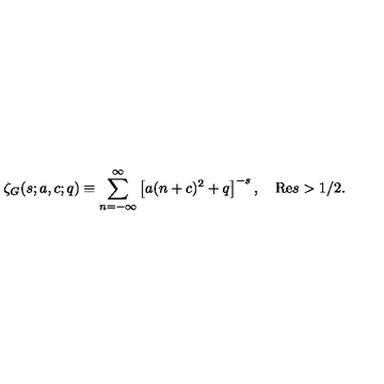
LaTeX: \zeta _ { G } ( s ; a , c ; q ) \equiv \sum _ { n = - \infty } ^ { \infty } \left[ a ( n + c ) ^ { 2 } + q \right] ^ { - s } , \quad \mathrm { R e } s > 1 / 2 .